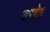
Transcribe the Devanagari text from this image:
अपशेष